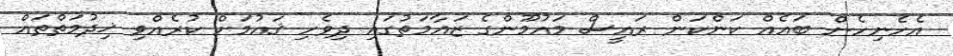
އެހެނިހެން ބައެއް ކަންކަން ރައީސް މައުމޫންގެ ޒަޢާމަތުގައި ދިވެހި ޤައުމަށް ކުރެއްވި ޚިދުމަތްތައް